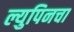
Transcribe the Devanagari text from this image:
ल्युपिनचा